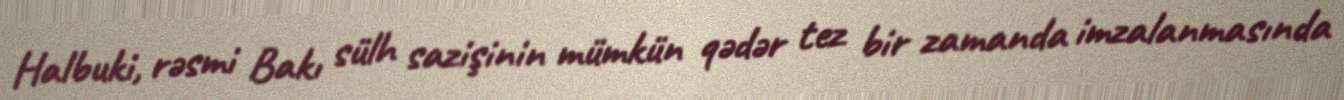
Halbuki, rəsmi Bakı sülh sazişinin mümkün qədər tez bir zamanda imzalanmasında